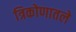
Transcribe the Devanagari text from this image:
त्रिकोणातले